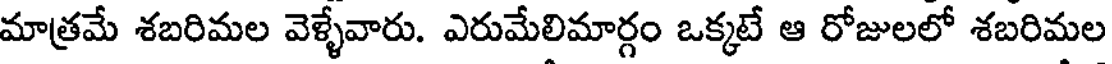
మాత్రమే శబరిమల వెళ్ళేవారు. ఎరుమేలిమార్గం ఒక్కటే ఆ రోజులలో శబరిమల